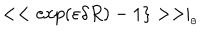
LaTeX: < < \exp ( \varepsilon \delta R ) - 1 \} > > \mid _ { _ { \theta } }